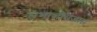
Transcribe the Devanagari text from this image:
संभाजीराजास